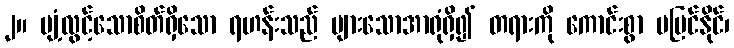
၂။ ပျံ့လွင့်သောစိတ်ရှိသော ရဟန်းသည် များသောအာရုံရှိ၍ တရားကို ကောင်းစွာ မမြင်နိုင်၊